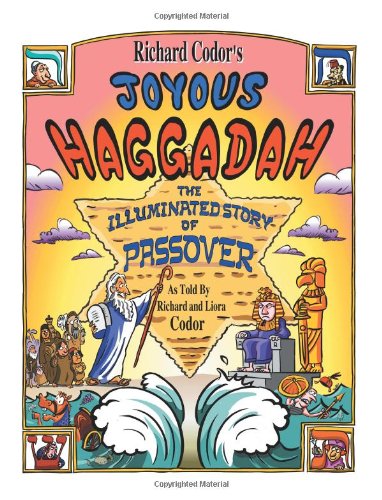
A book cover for Richard Codor's Joyous Haggadah:A Children and Family Cartoon Haggadah for Passover Seder; Richard Codor; Religion & Spirituality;